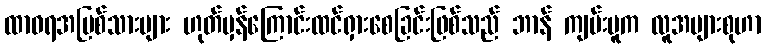
ထာဝရအပြစ်သားများ ဟုတ်မှန်ကြောင်းထင်ရှားစေခြင်းဖြစ်သည် ဘာန် ကျမ်းမူက လူအများစုဟာ